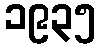
၁၉၃၅